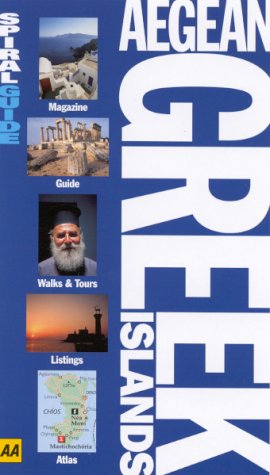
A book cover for Aegean Greek Islands (AA Spiral Guides); George McDonald; Travel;